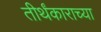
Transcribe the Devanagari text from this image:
तीर्थंकाराच्या